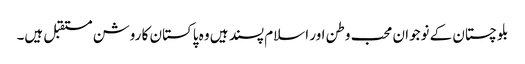
بلوچستان کے نوجوان محب وطن اور اسلام پسند ہیں وہ پاکستان کا روشن مستقبل ہیں۔